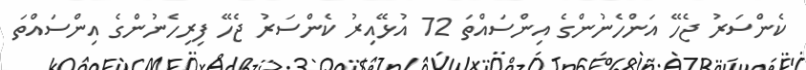
ކެންސަރު ޖެހޭ އަންހެނުންގެ އިންސައްތަ 72 އުޅޭއިރު ކެންސަރު ޖެހޭ ފިރިހެނުންގެ އިންސައްތަ